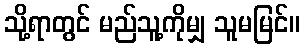
သို့ရာတွင် မည်သူ့ကိုမျှ သူမမြင်။